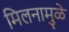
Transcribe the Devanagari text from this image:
मिलनामुळे